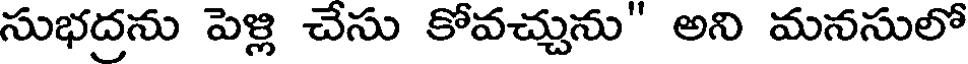
సుభద్రను పెళ్లి చేసు కోవచ్చును' అని మనసులో